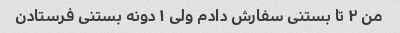
من ٢ تا بستنى سفارش دادم ولى ١ دونه بستنى فرستادن